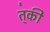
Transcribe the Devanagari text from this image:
त्॑की